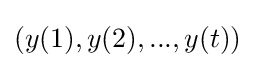
(y(1),y(2),...,y(t))